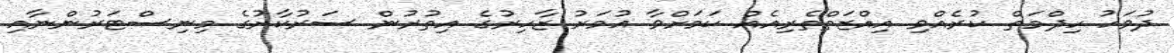
ދުވަހު ހިދްމަތް ކުރެއްވި އިއްޒަތްތެރިއެއް ކަމަށްވާ އުމަރު ޒާހިރުގެ އިތުރުން ސަރުކާރުގެ މިނިސްޓަރުންނާއި